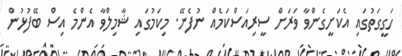
ހަގީގަތުގައި އެކަށީގެންވާ ވަރަށް ސީރިއަސްކަމެއް ނުފެނޭ. މިކަމުގައި ޝާމިލްވާ އެންމެ އިސް ބޭފުޅުން